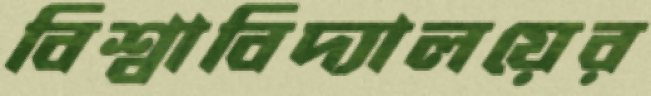
বিশ্বাবিদ্যালয়ের